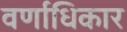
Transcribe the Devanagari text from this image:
वर्णाधिकार